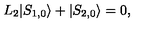
L _ { 2 } | S _ { 1 , 0 } \rangle + | S _ { 2 , 0 } \rangle = 0 ,